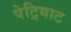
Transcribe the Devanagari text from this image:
पेट्रियाट